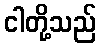
ငါတို့သည်